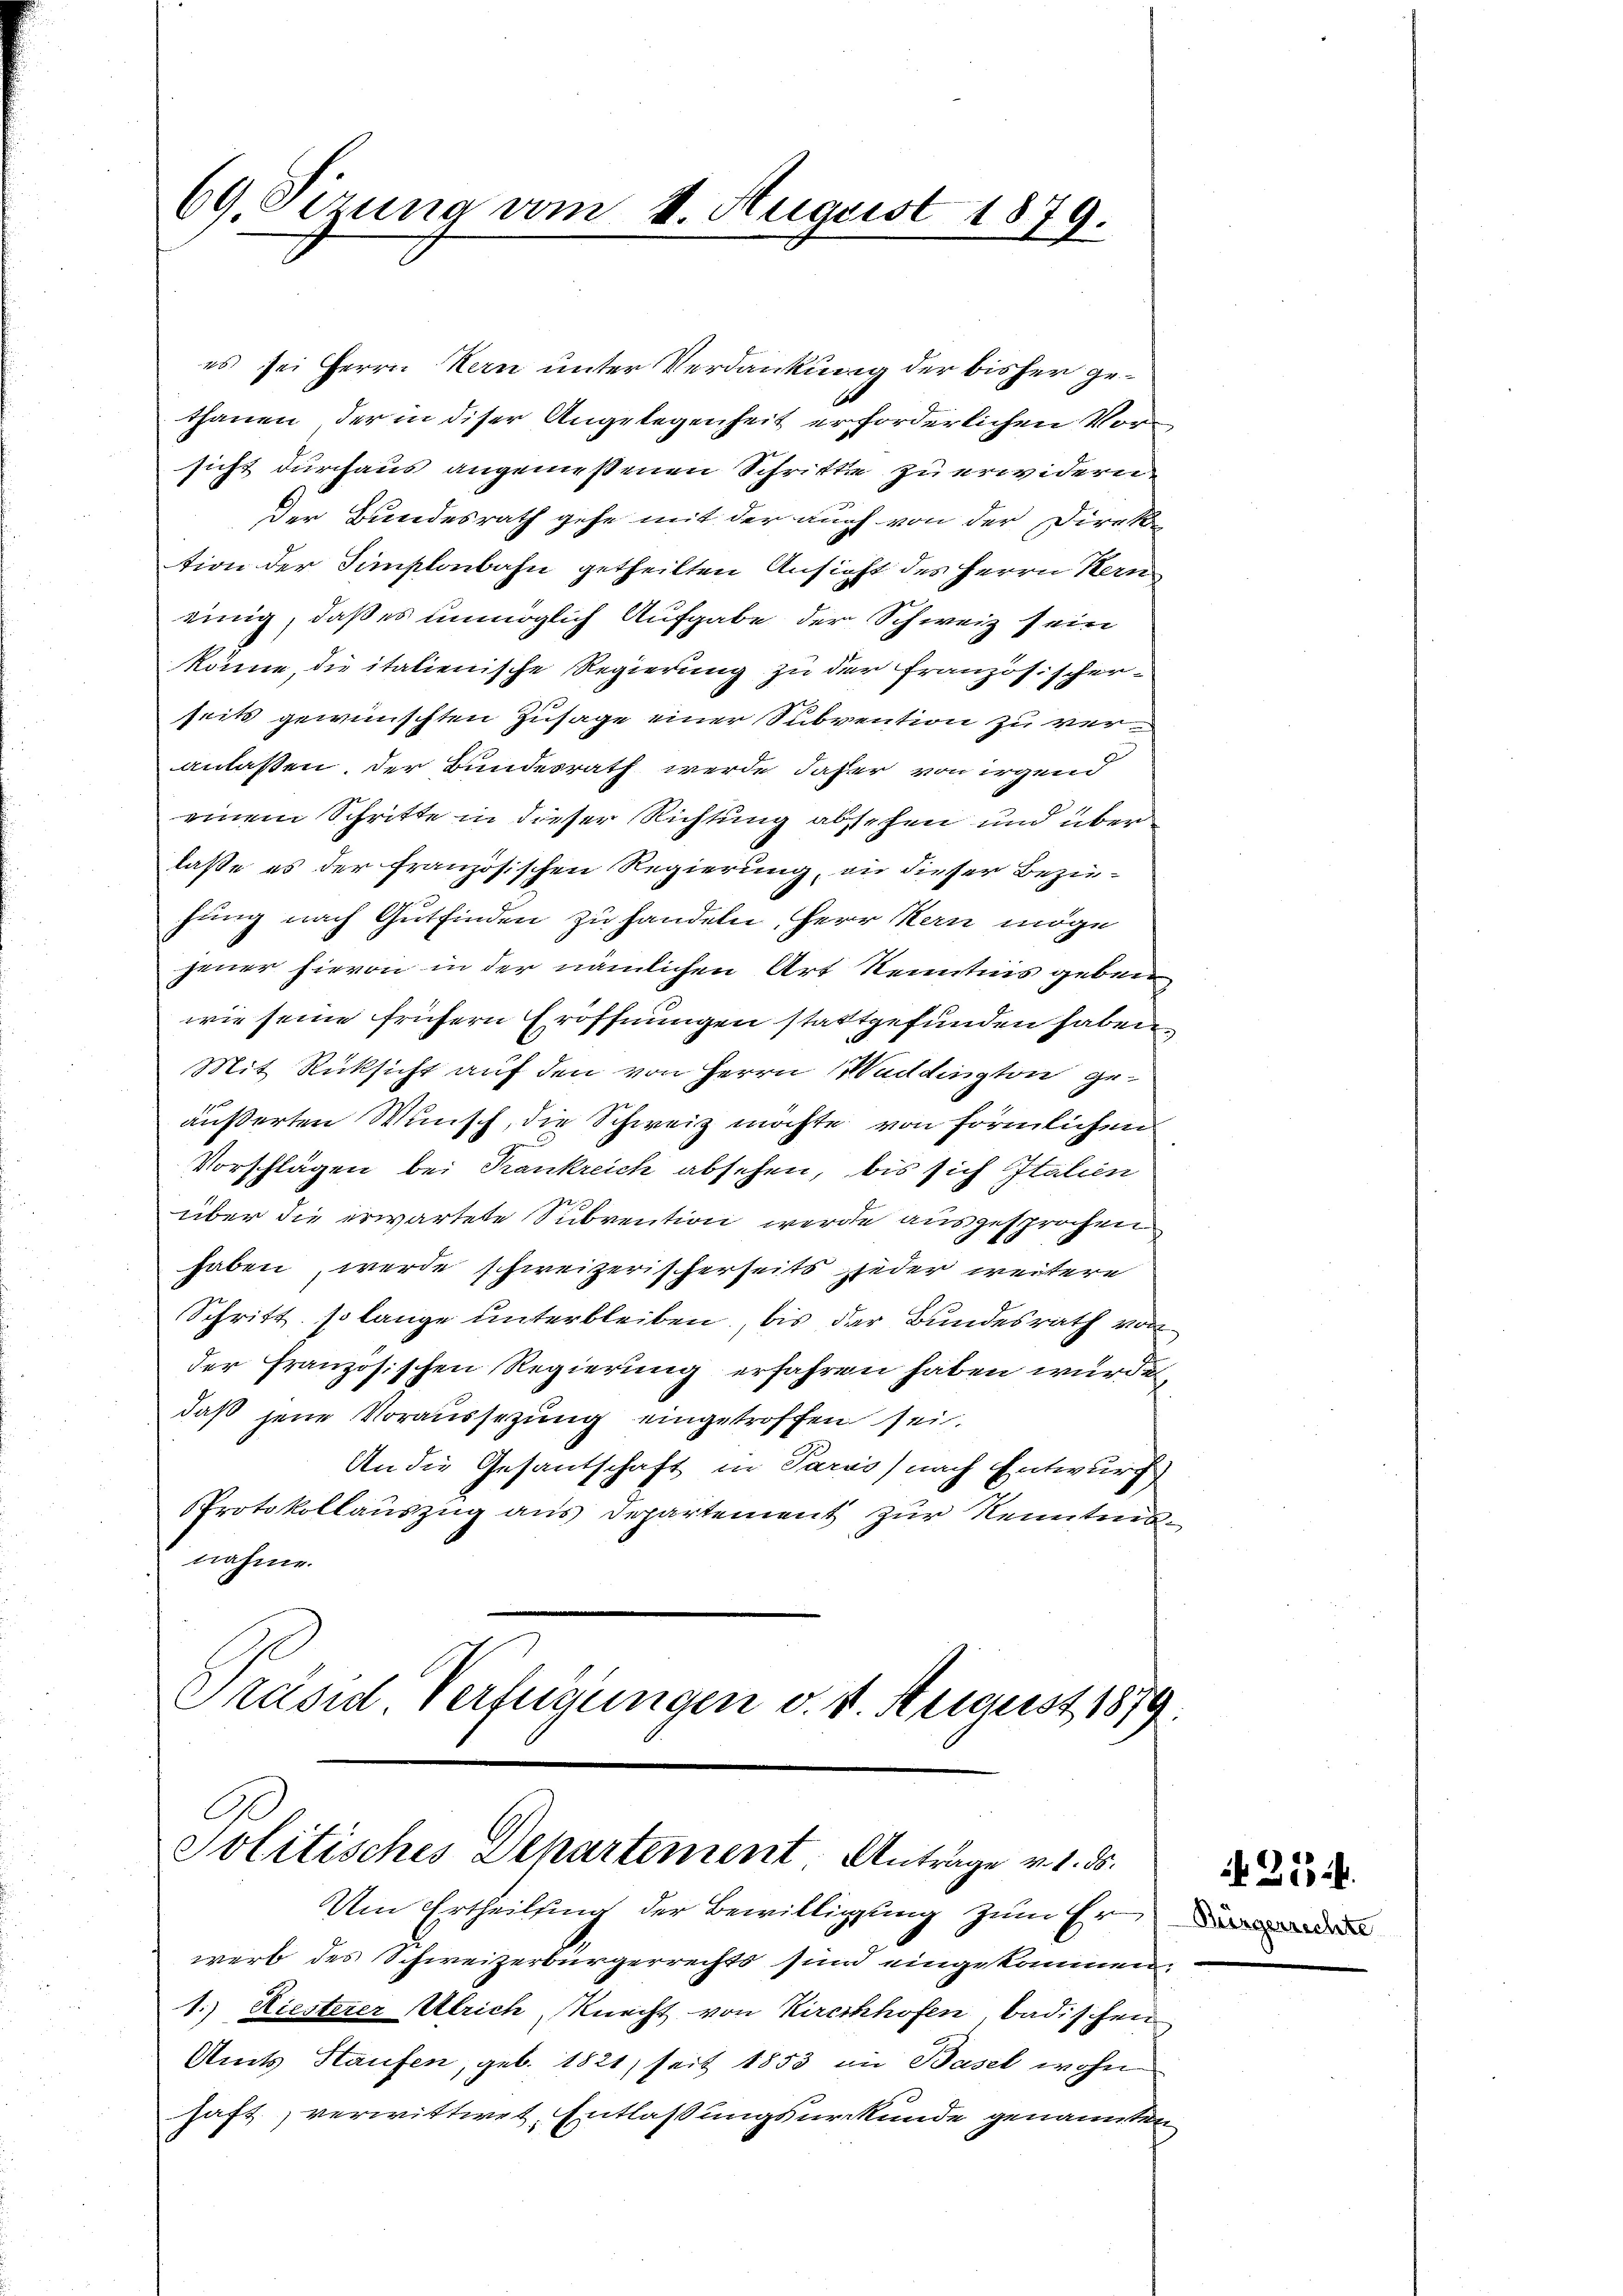
69. Sizung vom 1. August 1879.

es sei Herrn Kern unter Verdankung der bisher gethanen, der in diser Angelegenheit erforderlichen Vorsicht durchaus angemeßenen Schritte zu erwidern
Der Bundesrath gehe mit der auch von der Direktion der Simplonbahn getheilten Ansicht des Herrn Hern
einig, daß es unmöglich Aufgabe der Schweiz sein
könne, die italienische Regierung zu der Französischer-
seits gewünschten Zusage einer Subvention zu veranlaßen, der Bundesrath werde daher von irgend
einem Schritte in dieser Richtung absehen und über
lasse es der französischen Regierung, an dieser Bezie-
1
sung nach Gutfinden zu handeln, Herr Stern möge
jener hievon in der nämlichen Art Kenntnis geben
wie seine frühern Eröffnungen stattgefunden haben,
Mit Rücksicht auf den von Herrn Waddington geäußerten Wunsch, die Schweiz möchte von förmlichen
Vorschlägen bei Krankreich absehen, bis sich Italien
2
über die erwartete Subvention werde ausgesprochen
haben, werde schweizerischerseits jeder weitere
Schritt, so lange unterbleiben, bis der Bundesrath von
der Französischen Regierung erfahren haben wurde,
daß jene Voraussezung eingetroffen sei.
An die Gesantschaft in Paras) nach Entwurf
Protokollauszug aus Departement zur Kenntnisnahme.
Präsid Verfügungen v. 4. August 1879.

Solitisches Departement Anträge v. 1. ds.

Um Ertheilung der Bewilligung zum Er

werb des Schweizerbürgerrechts sind eingekommen,
1.) Hiesterer Ulrich Knecht von Kirchhofen badischen
Amts Staufen, geb. 1821, seit 1853 in Basel wohn
haft, verwittwet, Entlaßungsurkunde genannten

2

N. 25.